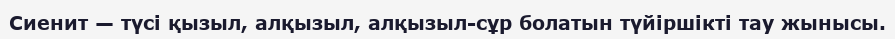
Сиенит — түсі қызыл, алқызыл, алқызыл-сұр болатын түйіршікті тау жынысы.